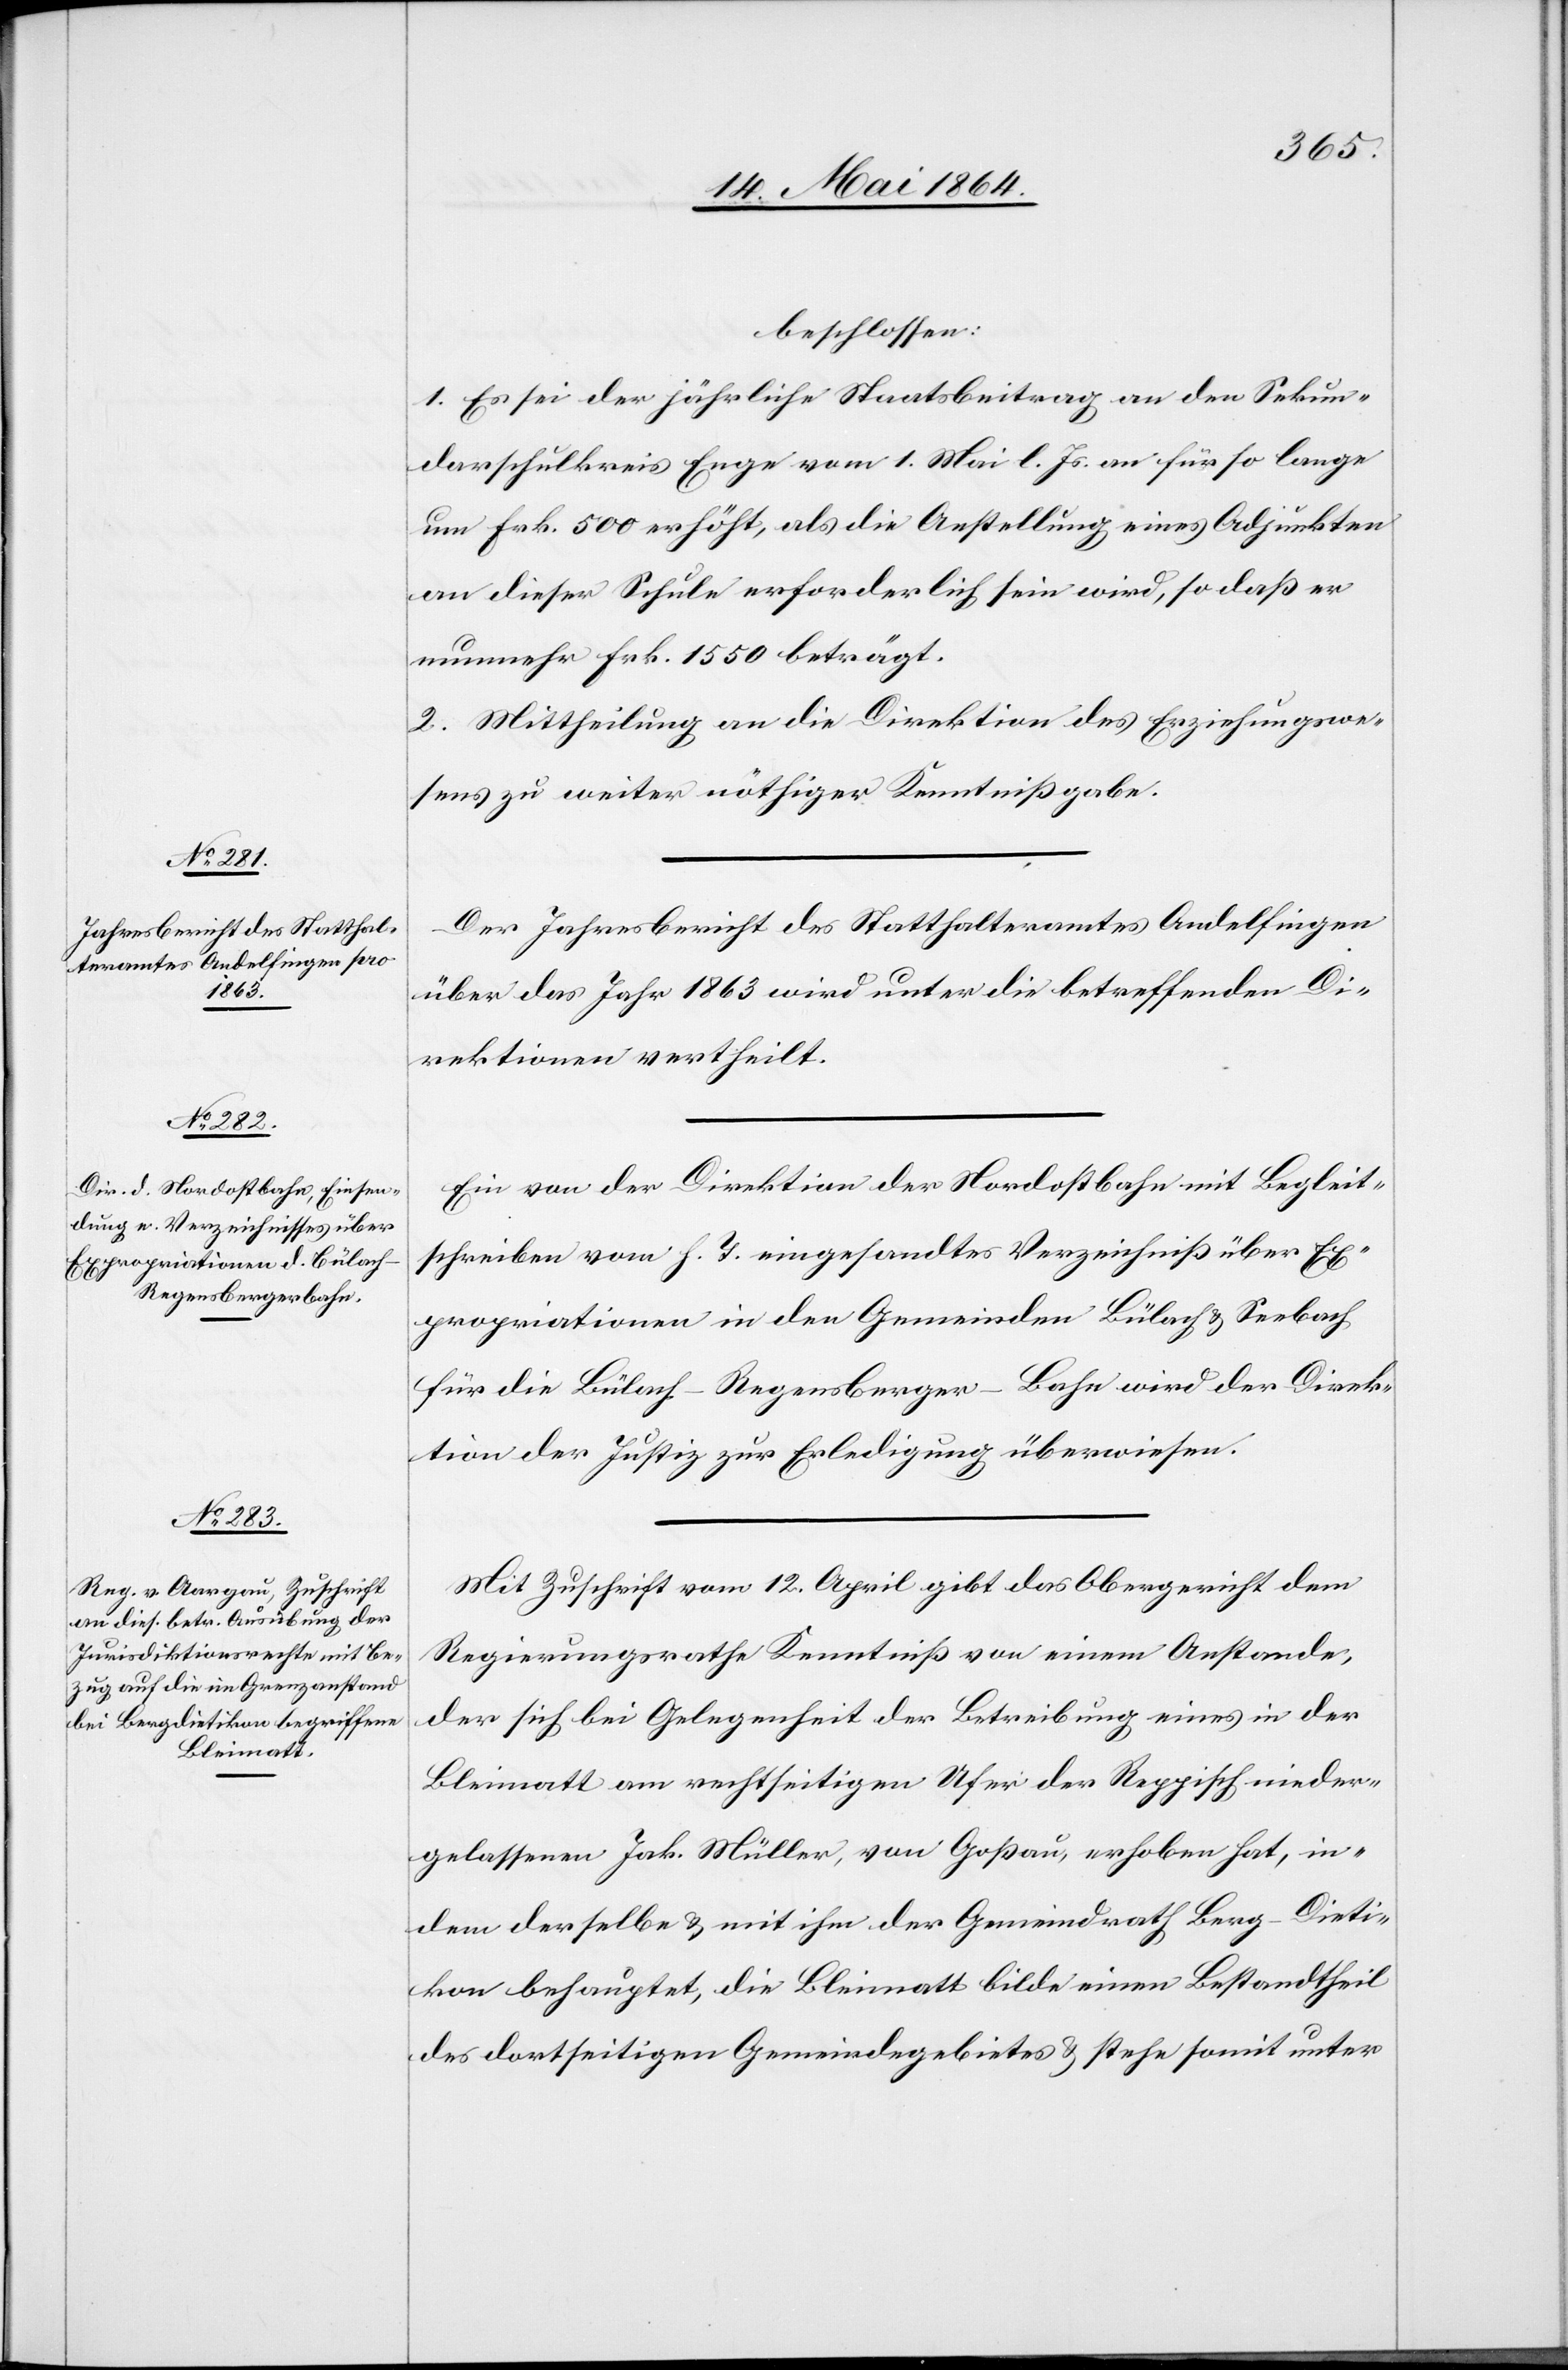
beschlossen:
1. Es sei der jährliche Staatsbeitrag an den Sekun¬
darschulkreis Enge vom 1. Mai l. Js. an für so lange
um Frk. 500 erhöht, als die Anstellung eines Adjunkten
an dieser Schule erforderlich sein wird, so daß er
nunmehr Frk. 1550 beträgt.
2. Mittheilung an die Direktion des Erziehungswe¬
sens zu weiter nöthiger Kenntnißgabe.
Der Jahresbericht des Statthalteramtes Andelfingen
über das Jahr 1863 wird unter die betreffenden Di¬
rektionen vertheilt.
Ein von der Direktion der Nordostbahn mit Begleit¬
schreiben vom h. T. eingesandtes Verzeichniß über Ex¬
propriationen in den Gemeinden Bülach u. Seebach
für die Bülach–Regensberger-Bahn wird der Direk¬
tion der Justiz zur Erledigung überwiesen.
Mit Zuschrift vom 12. April gibt das Obergericht dem
Regierungsrathe Kenntniß von einem Anstande,
der sich bei Gelegenheit der Betreibung eines in der
Bleimatt am rechtseitigen Ufer der Reppisch nieder¬
gelassenen Jak. Müller, von Goßau, erhoben hat, in¬
dem derselbe u. mit ihm der Gemeindrath Berg-Dieti¬
kon behauptet, die Bleimatt bilde einen Bestandtheil
des dortseitigen Gemeindegebietes u. stehe somit unter